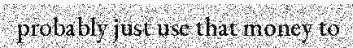
probably just use that money to